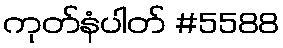
ကုတ်နံပါတ် #5588